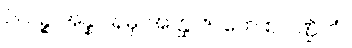
ပိယဉ္စ အန္နပါနမှိ၊ အတ္ထ ဇာတေ စ ပဏ္ဍိတံ။